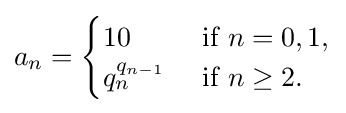
a_{n}={\begin{cases}10&{\text{ if }}n=0,1,\\q_{n}^{q_{n-1}}&{\text{ if }}n\geq 2.\end{cases}}